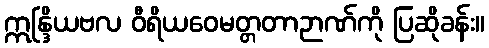
ဣန္ဒြိယဗလ ဝီရိယဝေမတ္တတာဉာဏ်ကို ပြဆိုခန်း။